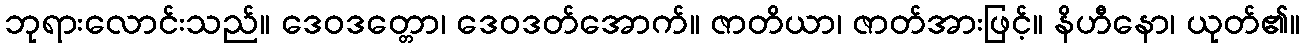
ဘုရားလောင်းသည်။ ဒေဝဒတ္တော၊ ဒေဝဒတ်အောက်။ ဇာတိယာ၊ ဇာတ်အားဖြင့်။ နိဟီနော၊ ယုတ်၏။